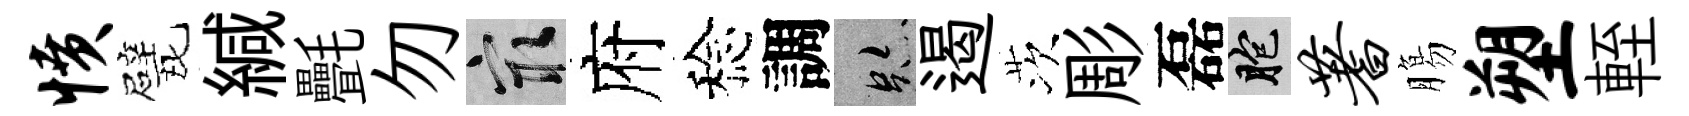
愤戏緘㲲勿冣府稔調跡遏茨彫磊胞蓍膓塑輊